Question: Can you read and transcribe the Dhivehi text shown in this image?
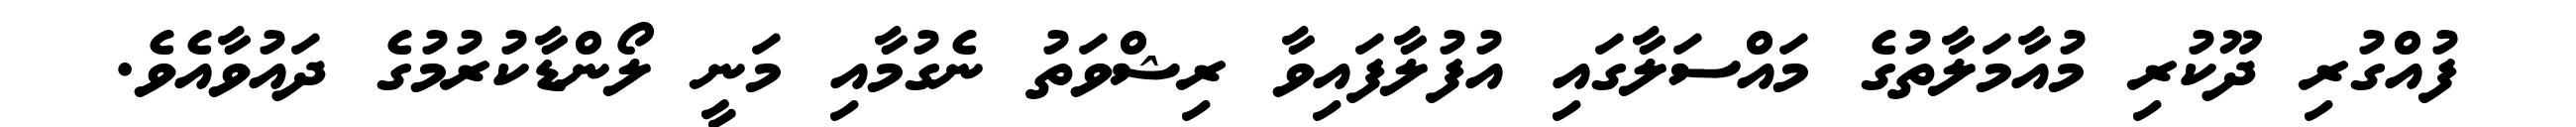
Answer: ފުއްގުރި ދޫކުރި މުއާމަލާތުގެ މައްސަލާގައި އުފުލާފައިވާ ރިޝްވަތު ނެގުމާއި މަނީ ލޯންޑާކުރުމުގެ ދައުވާއެވެ.